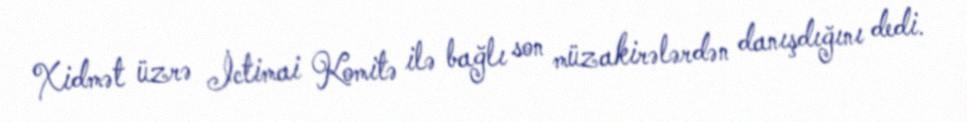
Xidmət üzrə İctimai Komitə ilə bağlı son müzakirələrdən danışdığını dedi.